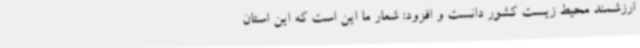
ارزشمند محیط زیست کشور دانست و افزود: شعار ما این است که این استان